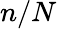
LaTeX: n/N